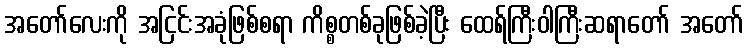
အတော်လေးကို အငြင်းအခုံဖြစ်စရာ ကိစ္စတစ်ခုဖြစ်ခဲ့ပြီး ထေရ်ကြီးဝါကြီးဆရာတော် အတော်